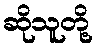
ဆိုသူတို့